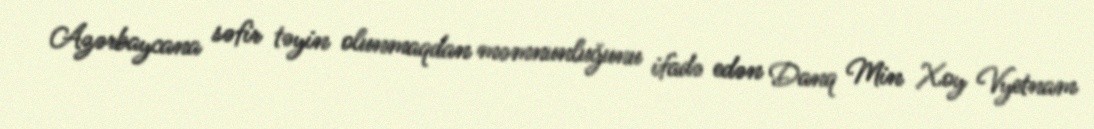
Azərbaycana səfir təyin olunmaqdan məmnunluğunu ifadə edən Danq Min Xoy Vyetnam